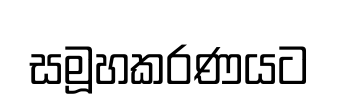
සමූහකරණයට